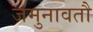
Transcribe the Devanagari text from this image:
जमुनावतौ